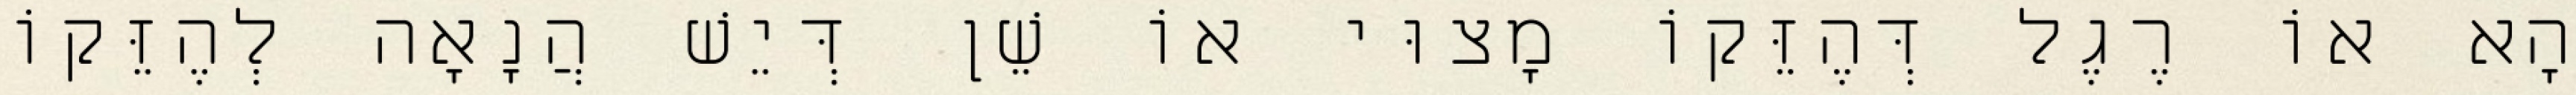
הָא אוֹ רֶגֶל דְּהֶזֵּקוֹ מָצוּי אוֹ שֵׁן דְּיֵשׁ הֲנָאָה לְהֶזֵּקוֹ